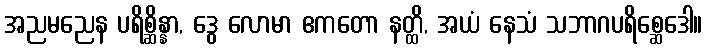
အညမညေန ပရိစ္ဆိန္နာ, ဒွေ လောမာ ဧကတော နတ္ထိ, အယံ နေသံ သဘာဂပရိစ္ဆေဒေါ။